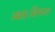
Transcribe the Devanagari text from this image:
स्वतःविनाश